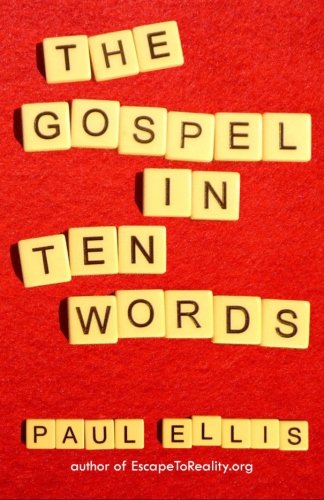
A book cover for The Gospel in Ten Words; Paul Ellis; Christian Books & Bibles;